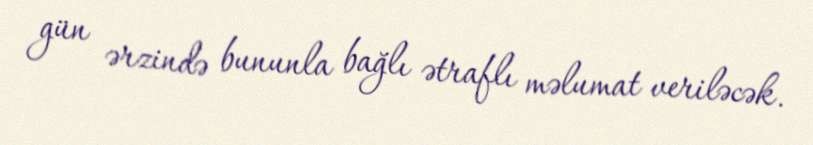
gün ərzində bununla bağlı ətraflı məlumat veriləcək.